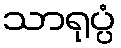
သာရုပ္ပံ